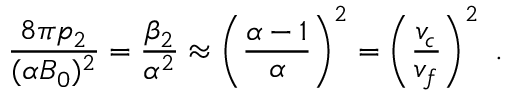
\frac { 8 \pi p _ { 2 } } { ( \alpha B _ { 0 } ) ^ { 2 } } = \frac { \beta _ { 2 } } { \alpha ^ { 2 } } \approx \left( \frac { \alpha - 1 } { \alpha } \right) ^ { 2 } = \left( \frac { v _ { c } } { v _ { f } } \right) ^ { 2 } \ .